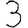
Digit: 3